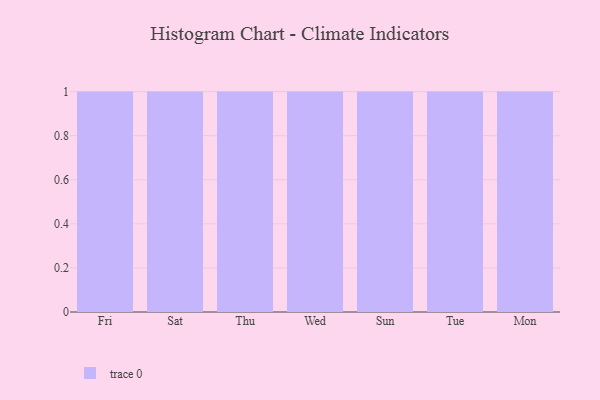
{"axis": {"x": "Day", "y": "LTV (USD)"}, "legend": [""], "data": [{"x": "Fri", "y": 47, "type": ""}, {"x": "Sat", "y": 92, "type": ""}, {"x": "Thu", "y": 1, "type": ""}, {"x": "Wed", "y": 58, "type": ""}, {"x": "Sun", "y": 2, "type": ""}, {"x": "Tue", "y": 42, "type": ""}, {"x": "Mon", "y": 12, "type": ""}]}